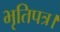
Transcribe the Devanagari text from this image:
भृतिपत्र।